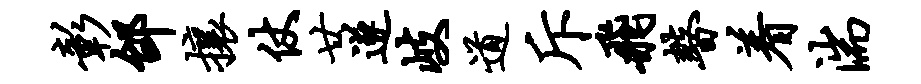
彰邰攘仗廿遂岐道斥飞瞽着湍